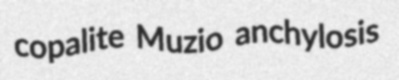
copalite Muzio anchylosis